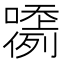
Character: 𡂲